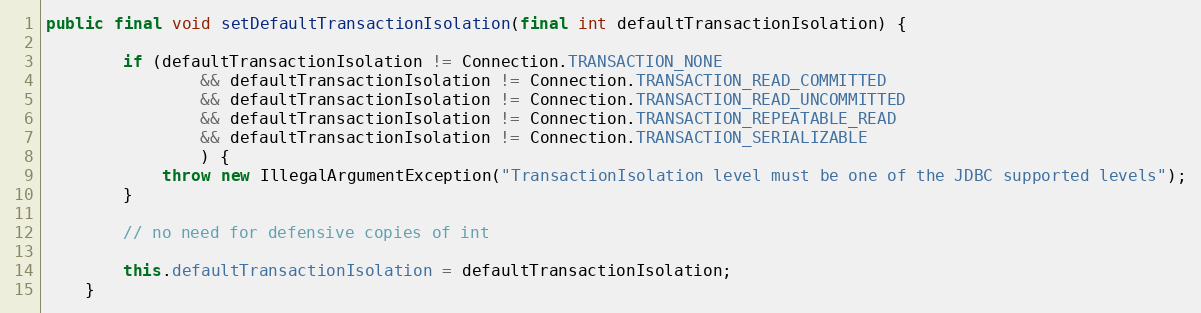
Language: Java
public final void setDefaultTransactionIsolation(final int defaultTransactionIsolation) {

        if (defaultTransactionIsolation != Connection.TRANSACTION_NONE
                && defaultTransactionIsolation != Connection.TRANSACTION_READ_COMMITTED
                && defaultTransactionIsolation != Connection.TRANSACTION_READ_UNCOMMITTED
                && defaultTransactionIsolation != Connection.TRANSACTION_REPEATABLE_READ
                && defaultTransactionIsolation != Connection.TRANSACTION_SERIALIZABLE
                ) {
            throw new IllegalArgumentException("TransactionIsolation level must be one of the JDBC supported levels");
        }

        // no need for defensive copies of int

        this.defaultTransactionIsolation = defaultTransactionIsolation;
    }